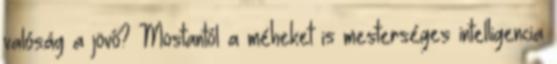
valóság a jövő? Mostantól a méheket is mesterséges intelligencia